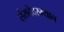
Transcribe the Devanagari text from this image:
संसदेदरम्यान